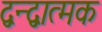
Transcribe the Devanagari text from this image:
द्वन्द्वात्मक